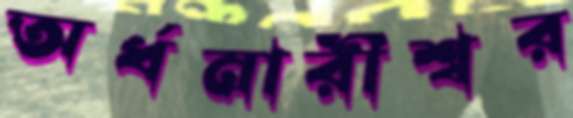
অর্ধনারীশ্বর